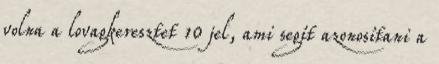
volna a lovagkeresztet 10 jel, ami segít azonosítani a